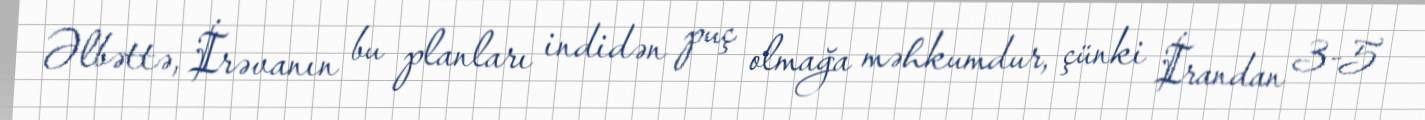
Əlbəttə, İrəvanın bu planları indidən puç olmağa məhkumdur, çünki İrandan 3-5